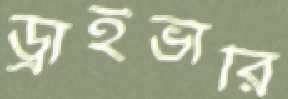
ড্রাইভারি